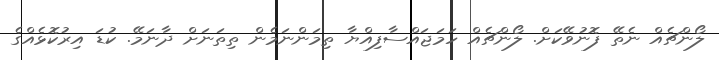
ލޯންޗެއް ނެތޭ ފޮނުވޭކަށް. ލޯންޗެއް ހަމަޖައްސާފިއްޔާ ތިމަންނަމެން ތިތަނަށް ދާނަމޭ. ކުޑަ އިރުކޮޅެއްގެ